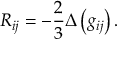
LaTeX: R _ { i j } = - { \frac { 2 } { 3 } } \Delta \left( g _ { i j } \right) .